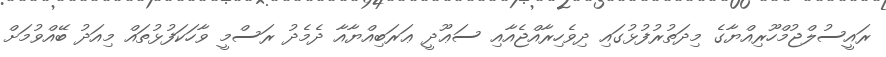
ރައީސުލްޖުމްހޫރިއްޔާގެ މިދަތުރުފުޅުގައި ދިވެހިރާއްޖެއާއި ސަޢޫދީ ޢަރަބިއްޔާއާ ދެމެދު ރަސްމީ ވާހަކަފުޅުތައް މިއަދު ބޭއްވުމަށް